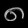
Digit: ၈